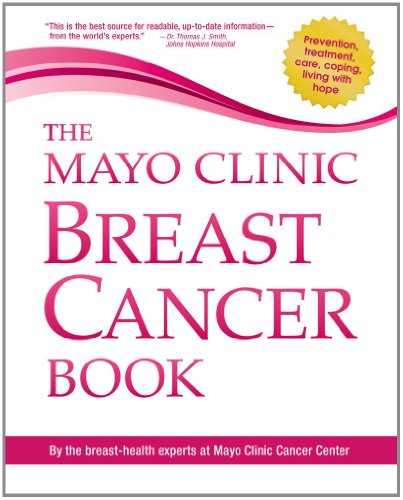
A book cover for The Mayo Clinic Breast Cancer Book; the breast-health experts at Mayo Clinic Cancer Center; Health, Fitness & Dieting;